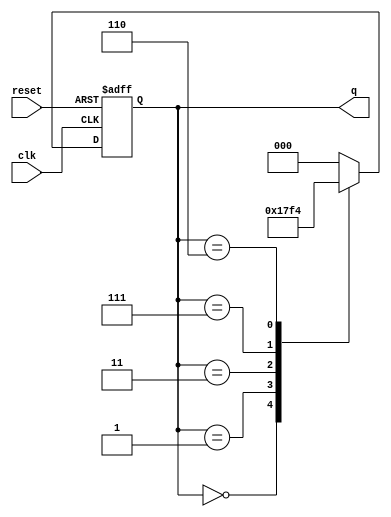
module modified_johnson_counter (
    input wire clk,        // Clock input
    input wire reset,      // Asynchronous reset
    output reg [2:0] q    // 3-bit output for the counter
);

    always @(posedge clk or posedge reset) begin
        if (reset) begin
            q <= 3'b000;  // Reset the counter to 000
        end else begin
            case (q)
                3'b000: q <= 3'b001; // State transition from 000 to 001
                3'b001: q <= 3'b011; // State transition from 001 to 011
                3'b011: q <= 3'b111; // State transition from 011 to 111
                3'b111: q <= 3'b110; // State transition from 111 to 110
                3'b110: q <= 3'b100; // State transition from 110 to 100
                3'b100: q <= 3'b000; // State transition back to 000
                default: q <= 3'b000; // Default to reset state
            endcase
        end
    end

endmodule